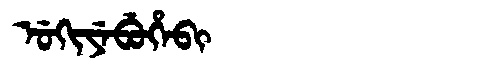
Manchu: ᡠᡴᡳᠶᡝᠪᡠᡥᡝᠪᡳ
Romanization: UKIYEBUHEBI